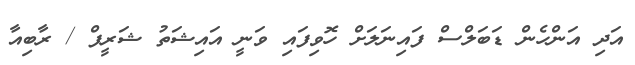
އަދި އަންހެން ޑަބަލްސް ފައިނަލަށް ހޮވިފައި ވަނީ އައިޝަތު ޝަރީފް / ރާބިއާ